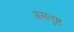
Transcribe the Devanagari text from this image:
अंसतुष्ट